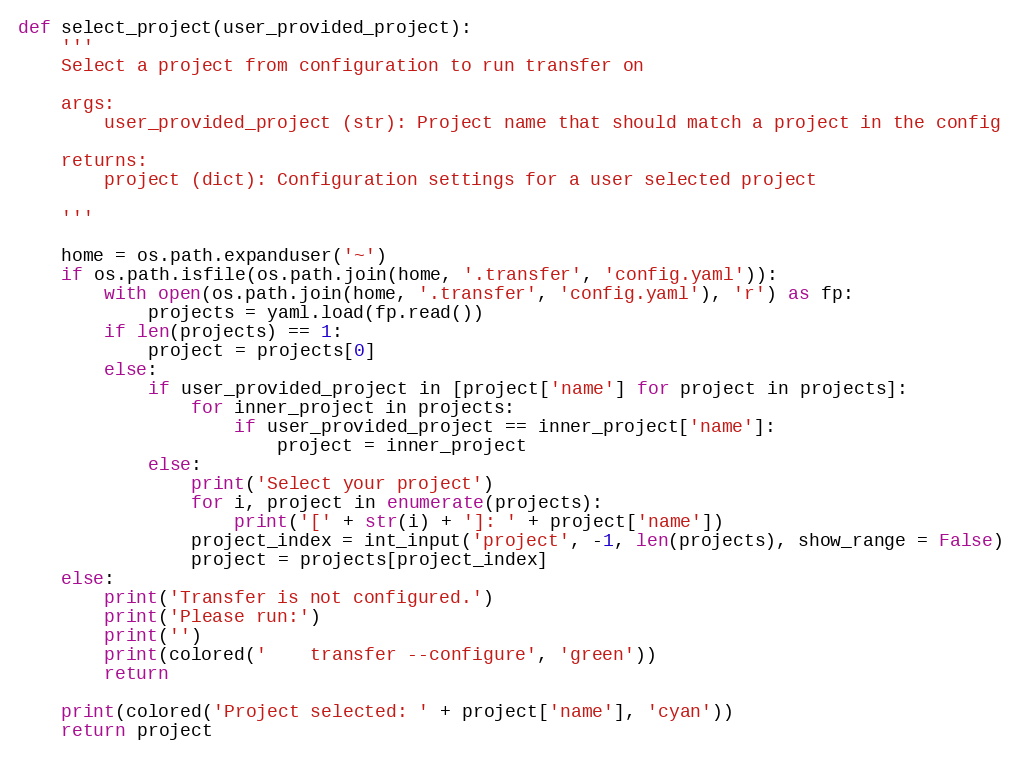
Language: Python
def select_project(user_provided_project):
    '''
    Select a project from configuration to run transfer on

    args:
        user_provided_project (str): Project name that should match a project in the config

    returns:
        project (dict): Configuration settings for a user selected project

    '''

    home = os.path.expanduser('~')
    if os.path.isfile(os.path.join(home, '.transfer', 'config.yaml')):
        with open(os.path.join(home, '.transfer', 'config.yaml'), 'r') as fp:
            projects = yaml.load(fp.read())
        if len(projects) == 1:
            project = projects[0]
        else:
            if user_provided_project in [project['name'] for project in projects]:
                for inner_project in projects:
                    if user_provided_project == inner_project['name']:
                        project = inner_project
            else:
                print('Select your project')
                for i, project in enumerate(projects):
                    print('[' + str(i) + ']: ' + project['name'])
                project_index = int_input('project', -1, len(projects), show_range = False)
                project = projects[project_index]
    else:
        print('Transfer is not configured.')
        print('Please run:')
        print('')
        print(colored('    transfer --configure', 'green'))
        return

    print(colored('Project selected: ' + project['name'], 'cyan'))
    return project